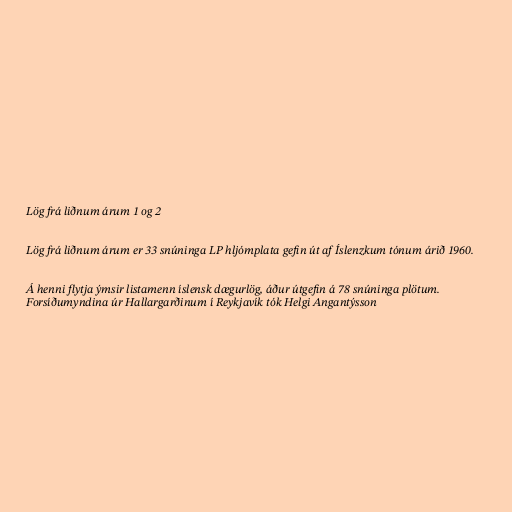
Lög frá liðnum árum 1 og 2

Lög frá liðnum árum er 33 snúninga LP hljómplata gefin út af Íslenzkum tónum árið 1960.

Á henni flytja ýmsir listamenn íslensk dægurlög, áður útgefin á 78 snúninga plötum.
Forsíðumyndina úr Hallargarðinum í Reykjavík tók Helgi Angantýsson